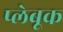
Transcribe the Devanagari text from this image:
प्लेबूक